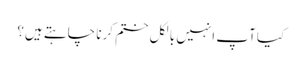
کیا آپ انہیں بالکل ختم کرنا چاہتے ہیں؟